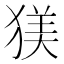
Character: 𪻄